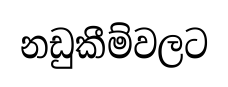
නඩුකීම්වලට